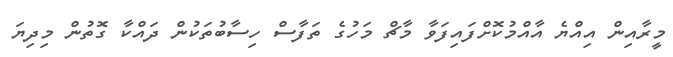
މީރާއިން އިއްޔެ އާއްމުކޮށްފައިފަވާ މާޗް މަހުގެ ތަފާސް ހިސާބުތަކުން ދައްކާ ގޮތުން މިދިޔަ